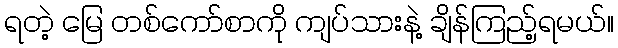
ရတဲ့ မြေ တစ်ကော်စာကို ကျပ်သားနဲ့ ချိန်ကြည့်ရမယ်။